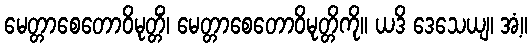
မေတ္တာစေတောဝိမုတ္တိံ၊ မေတ္တာစေတောဝိမုတ္တိကို။ ယဒိ ဒေသေယျ၊ အံ့။